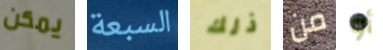
يمكن السبعة ذلك من أو